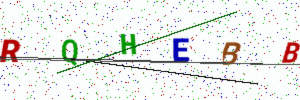
Text: RQHEBB